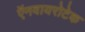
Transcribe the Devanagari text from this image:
ऍनवायरोटेक